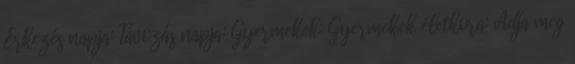
Érkezés napja: Távozás napja: Gyermekek: Gyermekek életkora: Adja meg